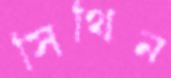
সিথিন